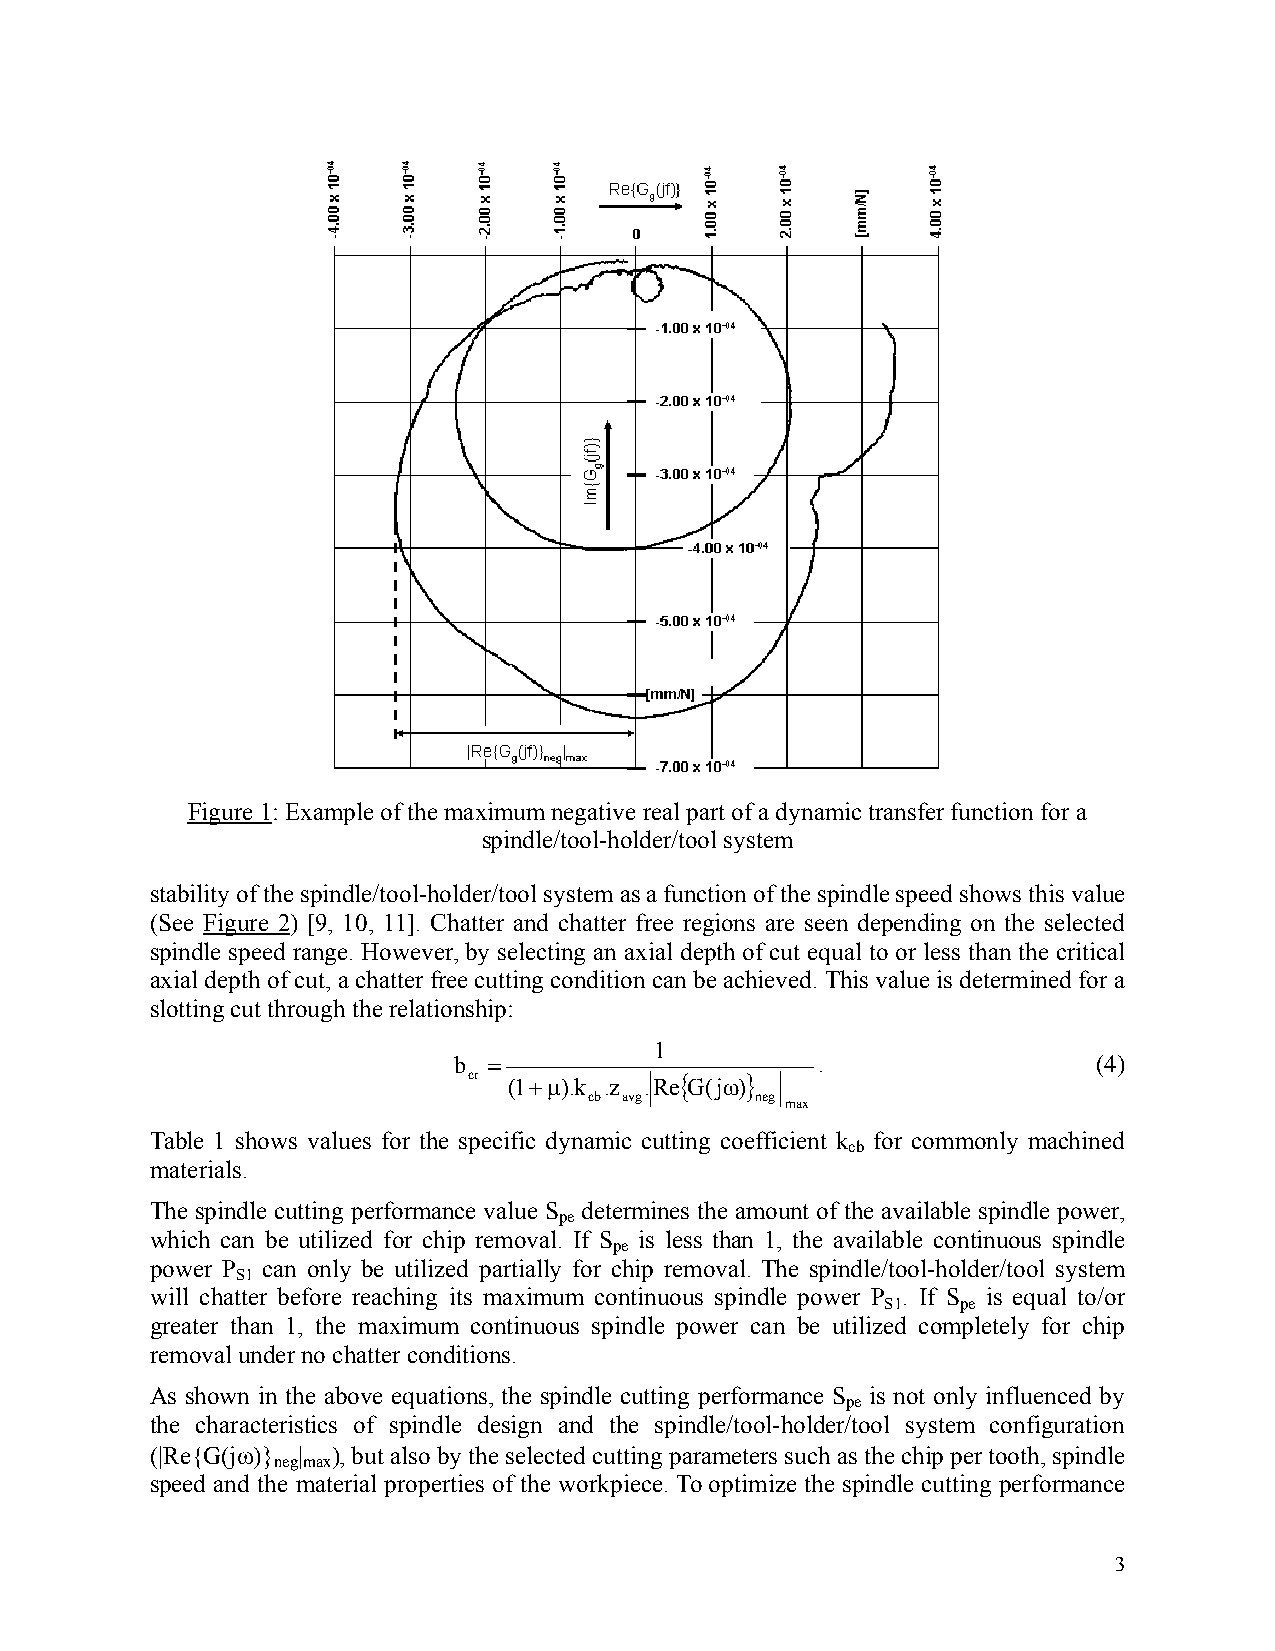
Figure 1: Example of the maximum negative real part of a dynamic transfer function for a
 spindle/tool-holder/tool system
 stability of the spindle/tool-holder/tool system as a function of the spindle speed shows this value
 (See Figure 2) [9, 10, 11]. Chatter and chatter free regions are seen depending on the selected
 spindle speed range. However, by selecting an axial depth of cut equal to or less than the critical
 axial depth of cut, a chatter free cutting condition can be achieved. This value is determined for a
 slotting cut through the relationship:
 1
 b =                     .                  (4)
 cr (1+µ).k .z .Re{G(jω)}
 cb avg     neg max
 Table 1 shows values for the specific dynamic cutting coefficient k for commonly machined
 cb
 materials.
 The spindle cutting performance value S determines the amount of the available spindle power,
 pe
 which can be utilized for chip removal. If S is less than 1, the available continuous spindle
 pe
 power P can only be utilized partially for chip removal. The spindle/tool-holder/tool system
 S1
 will chatter before reaching its maximum continuous spindle power P . If S is equal to/or
 S1   pe
 greater than 1, the maximum continuous spindle power can be utilized completely for chip
 removal under no chatter conditions.
 As shown in the above equations, the spindle cutting performance S is not only influenced by
 pe
 the characteristics of spindle design and the spindle/tool-holder/tool system configuration
 (|Re{G(jω)} | ), but also by the selected cutting parameters such as the chip per tooth, spindle
 negmax
 speed and the material properties of the workpiece. To optimize the spindle cutting performance
 3